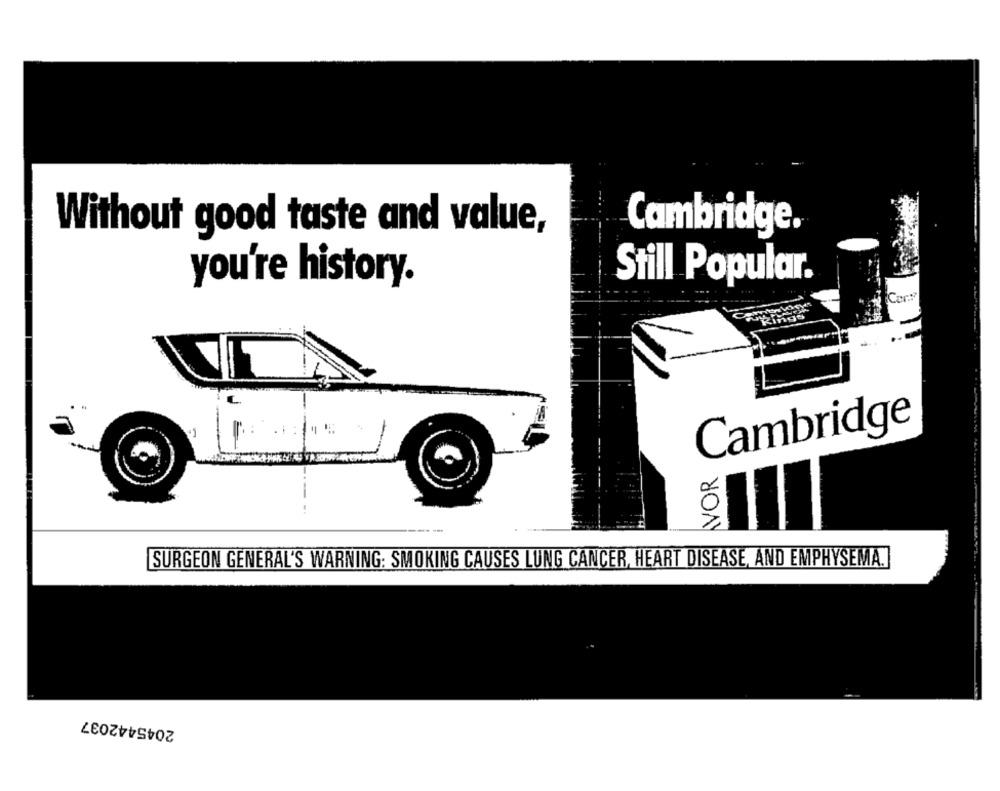
Without good taste and value,
Cambridge.
you're history.
Still Popular.
Car
Cambridge
VOR
SURGEON GENERAL'S WARNING: SMOKING CAUSES LUNG CANCER, HEART DISEASE, AND EMPHYSEMA.
2045442037